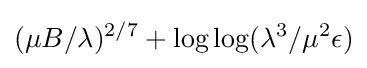
(\mu B/\lambda )^{2/7}+\log \log(\lambda ^{3}/\mu ^{2}\epsilon )